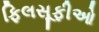
ફિલસૂફીઓ